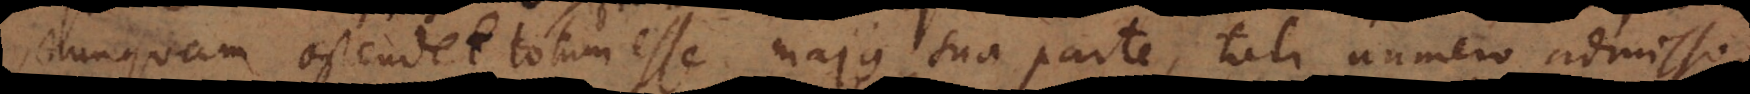
nunquam ostendet totum esse majus sua parte, tali numero admisso,